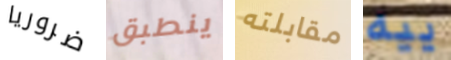
ضروريا ينطبق مقابلته ييه